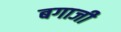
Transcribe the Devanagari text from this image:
बगाजी